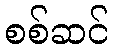
စစ်ဆင်